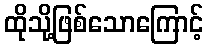
ထိုသို့ဖြစ်သောကြောင့်